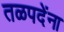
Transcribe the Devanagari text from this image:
तळपदेंना